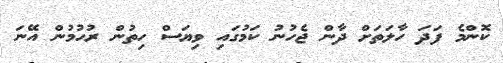
ކޮންމެ ފަދަ ހާލަތަަށް ދާން ޖެހުނު ކަމުގައި ވިޔަސް ހިތުން ރުހުމުން އޭނަ